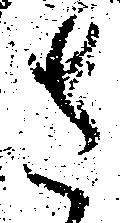
さ